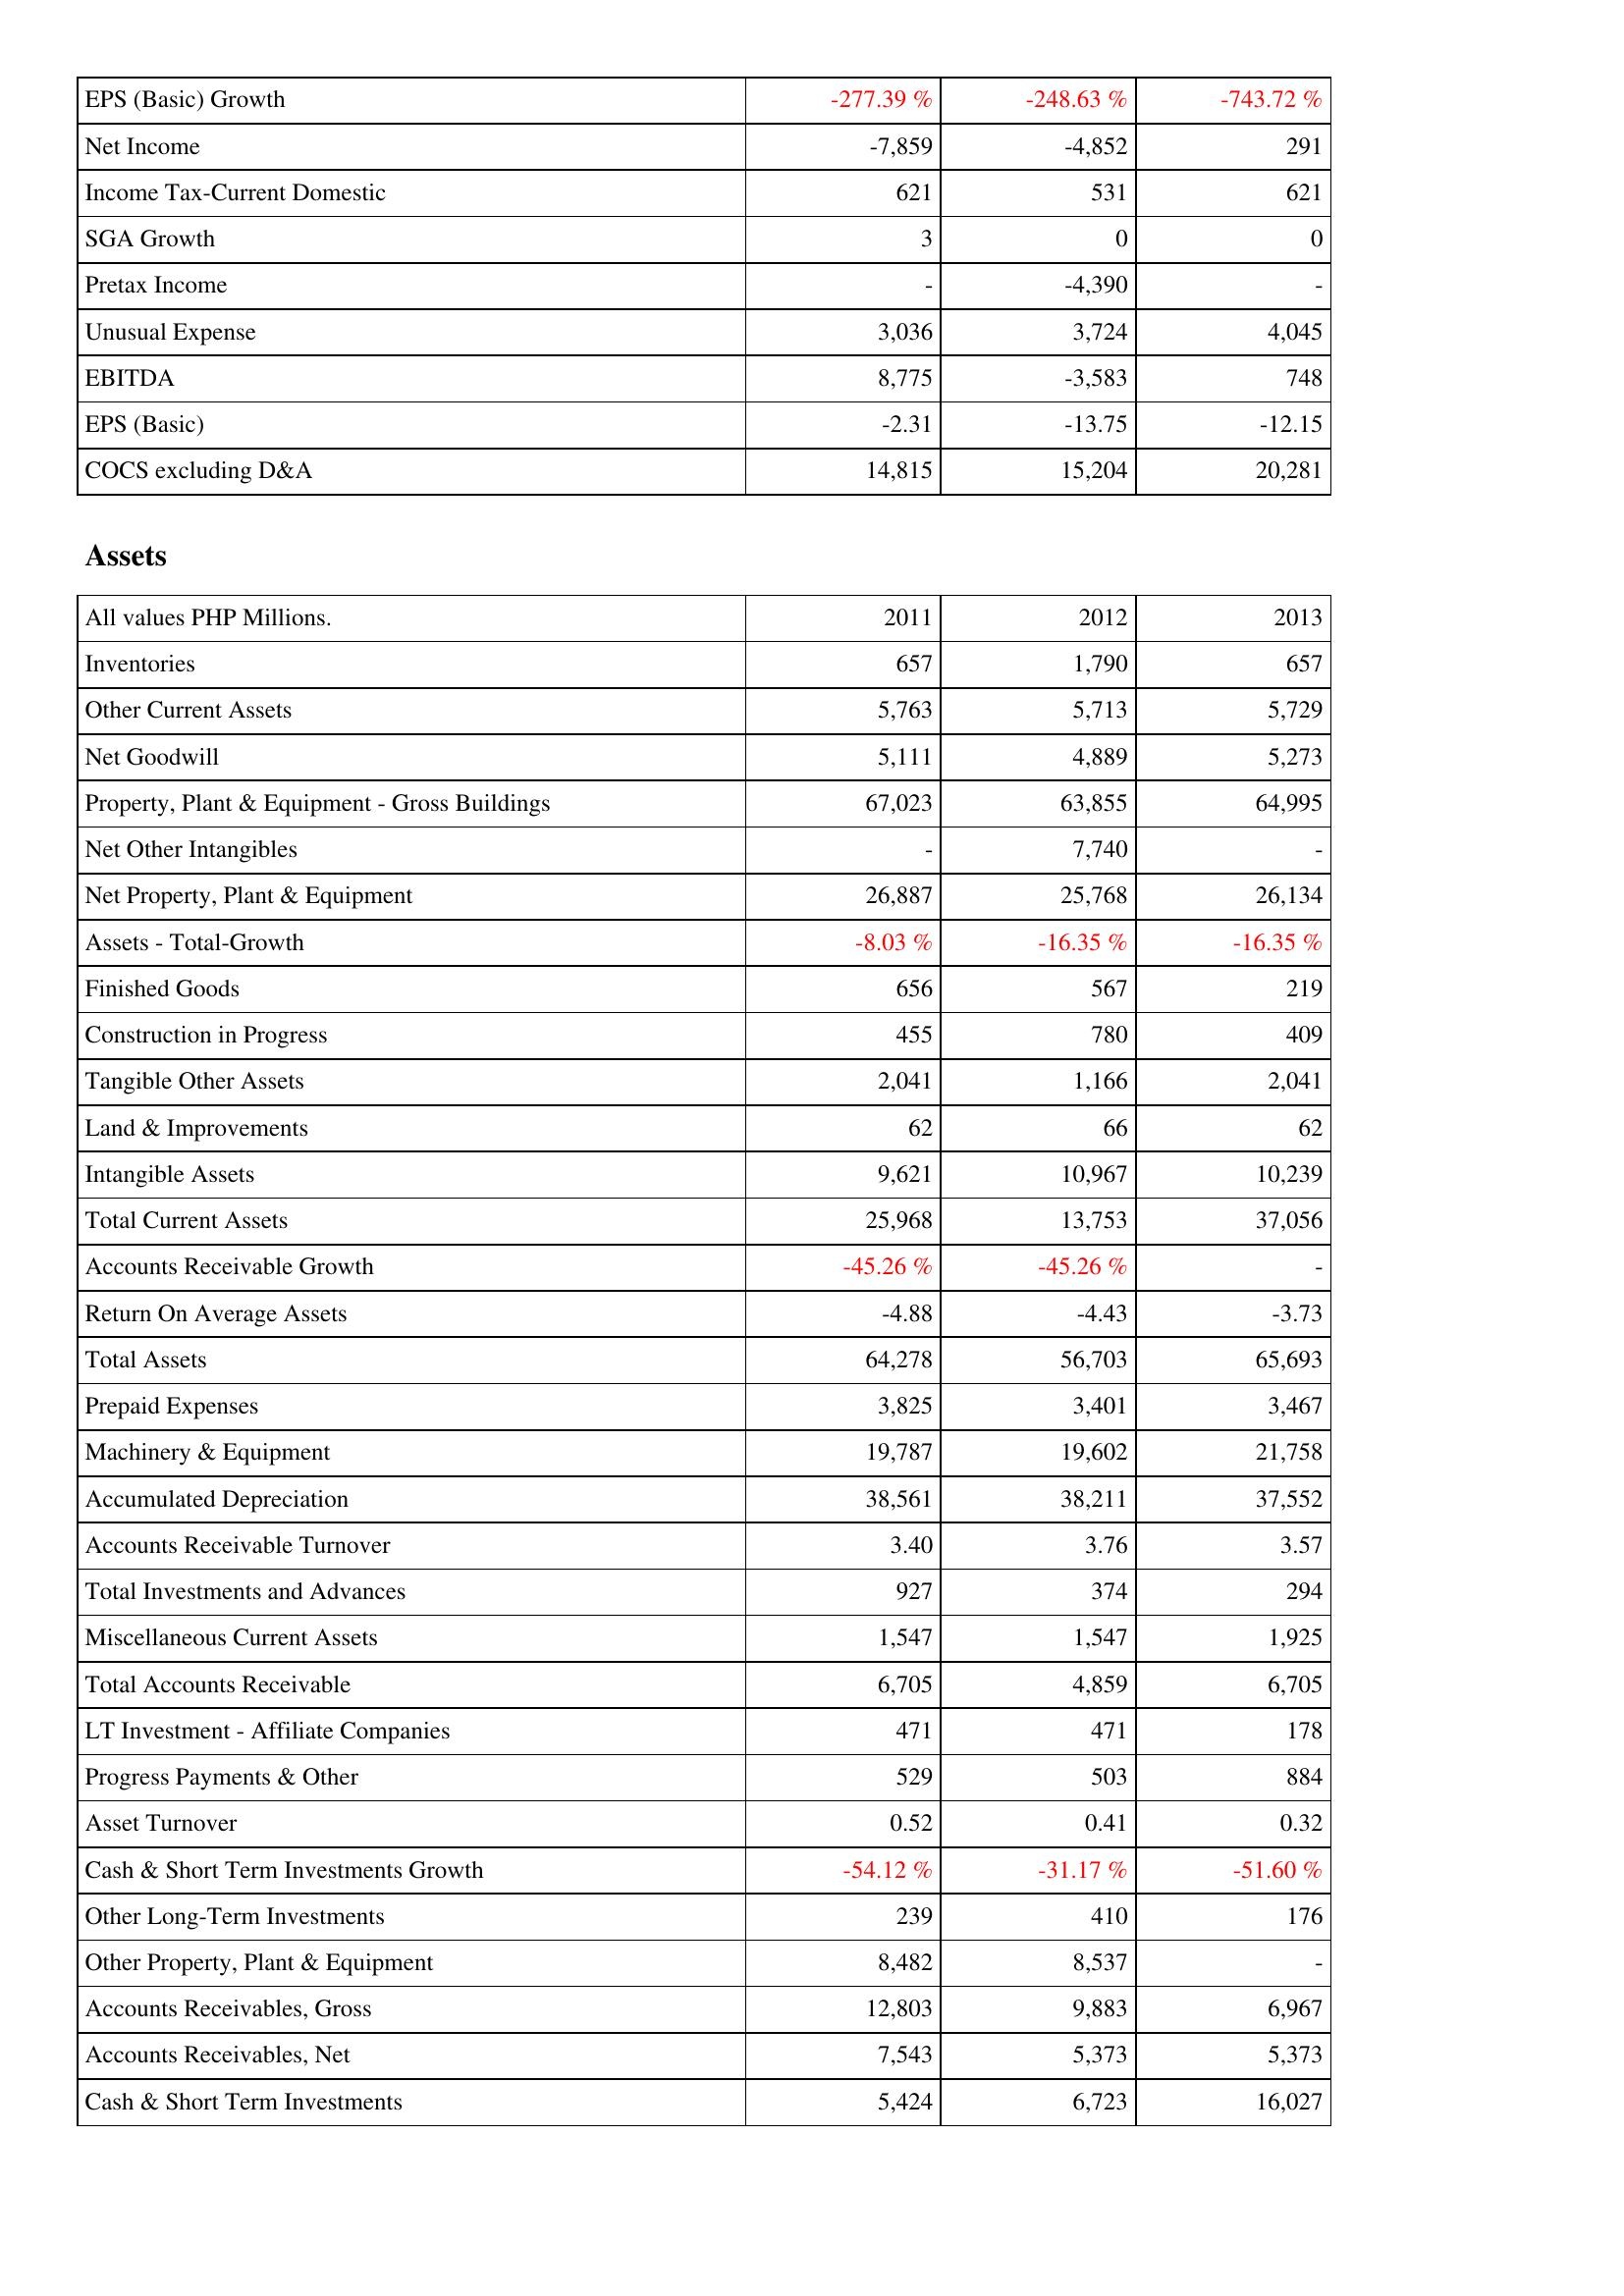
2011: Income Statement: EPS (Basic) Growth: -277.39 %
Net Income: -7,859
Income Tax-Current Domestic: 621
SGA Growth: 3
Pretax Income: -
Unusual Expense: 3,036
EBITDA: 8,775
EPS (Basic): -2.31
COCS excluding D&A: 14,815
Assets: Inventories: 657
Other Current Assets: 5,763
Net Goodwill: 5,111
Property, Plant & Equipment - Gross Buildings: 67,023
Net Other Intangibles: -
Net Property, Plant & Equipment: 26,887
Assets - Total-Growth: -8.03 %
Finished Goods: 656
Construction in Progress: 455
Tangible Other Assets: 2,041
Land & Improvements: 62
Intangible Assets: 9,621
Total Current Assets: 25,968
Accounts Receivable Growth: -45.26 %
Return On Average Assets: -4.88
Total Assets: 64,278
Prepaid Expenses: 3,825
Machinery & Equipment: 19,787
Accumulated Depreciation: 38,561
Accounts Receivable Turnover: 3.40
Total Investments and Advances: 927
Miscellaneous Current Assets: 1,547
Total Accounts Receivable: 6,705
LT Investment - Affiliate Companies: 471
Progress Payments & Other: 529
Asset Turnover: 0.52
Cash & Short Term Investments Growth: -54.12 %
Other Long-Term Investments: 239
Other Property, Plant & Equipment: 8,482
Accounts Receivables, Gross: 12,803
Accounts Receivables, Net: 7,543
Cash & Short Term Investments: 5,424
2012: Income Statement: EPS (Basic) Growth: -248.63 %
Net Income: -4,852
Income Tax-Current Domestic: 531
SGA Growth: 0
Pretax Income: -4,390
Unusual Expense: 3,724
EBITDA: -3,583
EPS (Basic): -13.75
COCS excluding D&A: 15,204
Assets: Inventories: 1,790
Other Current Assets: 5,713
Net Goodwill: 4,889
Property, Plant & Equipment - Gross Buildings: 63,855
Net Other Intangibles: 7,740
Net Property, Plant & Equipment: 25,768
Assets - Total-Growth: -16.35 %
Finished Goods: 567
Construction in Progress: 780
Tangible Other Assets: 1,166
Land & Improvements: 66
Intangible Assets: 10,967
Total Current Assets: 13,753
Accounts Receivable Growth: -45.26 %
Return On Average Assets: -4.43
Total Assets: 56,703
Prepaid Expenses: 3,401
Machinery & Equipment: 19,602
Accumulated Depreciation: 38,211
Accounts Receivable Turnover: 3.76
Total Investments and Advances: 374
Miscellaneous Current Assets: 1,547
Total Accounts Receivable: 4,859
LT Investment - Affiliate Companies: 471
Progress Payments & Other: 503
Asset Turnover: 0.41
Cash & Short Term Investments Growth: -31.17 %
Other Long-Term Investments: 410
Other Property, Plant & Equipment: 8,537
Accounts Receivables, Gross: 9,883
Accounts Receivables, Net: 5,373
Cash & Short Term Investments: 6,723
2013: Income Statement: EPS (Basic) Growth: -743.72 %
Net Income: 291
Income Tax-Current Domestic: 621
SGA Growth: 0
Pretax Income: -
Unusual Expense: 4,045
EBITDA: 748
EPS (Basic): -12.15
COCS excluding D&A: 20,281
Assets: Inventories: 657
Other Current Assets: 5,729
Net Goodwill: 5,273
Property, Plant & Equipment - Gross Buildings: 64,995
Net Other Intangibles: -
Net Property, Plant & Equipment: 26,134
Assets - Total-Growth: -16.35 %
Finished Goods: 219
Construction in Progress: 409
Tangible Other Assets: 2,041
Land & Improvements: 62
Intangible Assets: 10,239
Total Current Assets: 37,056
Accounts Receivable Growth: -
Return On Average Assets: -3.73
Total Assets: 65,693
Prepaid Expenses: 3,467
Machinery & Equipment: 21,758
Accumulated Depreciation: 37,552
Accounts Receivable Turnover: 3.57
Total Investments and Advances: 294
Miscellaneous Current Assets: 1,925
Total Accounts Receivable: 6,705
LT Investment - Affiliate Companies: 178
Progress Payments & Other: 884
Asset Turnover: 0.32
Cash & Short Term Investments Growth: -51.60 %
Other Long-Term Investments: 176
Other Property, Plant & Equipment: -
Accounts Receivables, Gross: 6,967
Accounts Receivables, Net: 5,373
Cash & Short Term Investments: 16,027